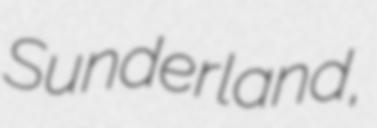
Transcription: Sunderland,